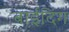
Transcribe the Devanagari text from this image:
बाईंदिंग